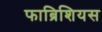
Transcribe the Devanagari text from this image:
फाब्रिशियस